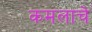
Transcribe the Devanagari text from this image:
कमलाचे